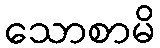
သောစာမိ